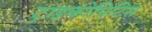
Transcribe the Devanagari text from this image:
ट्राइकोपिटिस